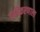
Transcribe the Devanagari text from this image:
एकीकरणाला